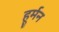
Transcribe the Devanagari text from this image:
हूर्मन